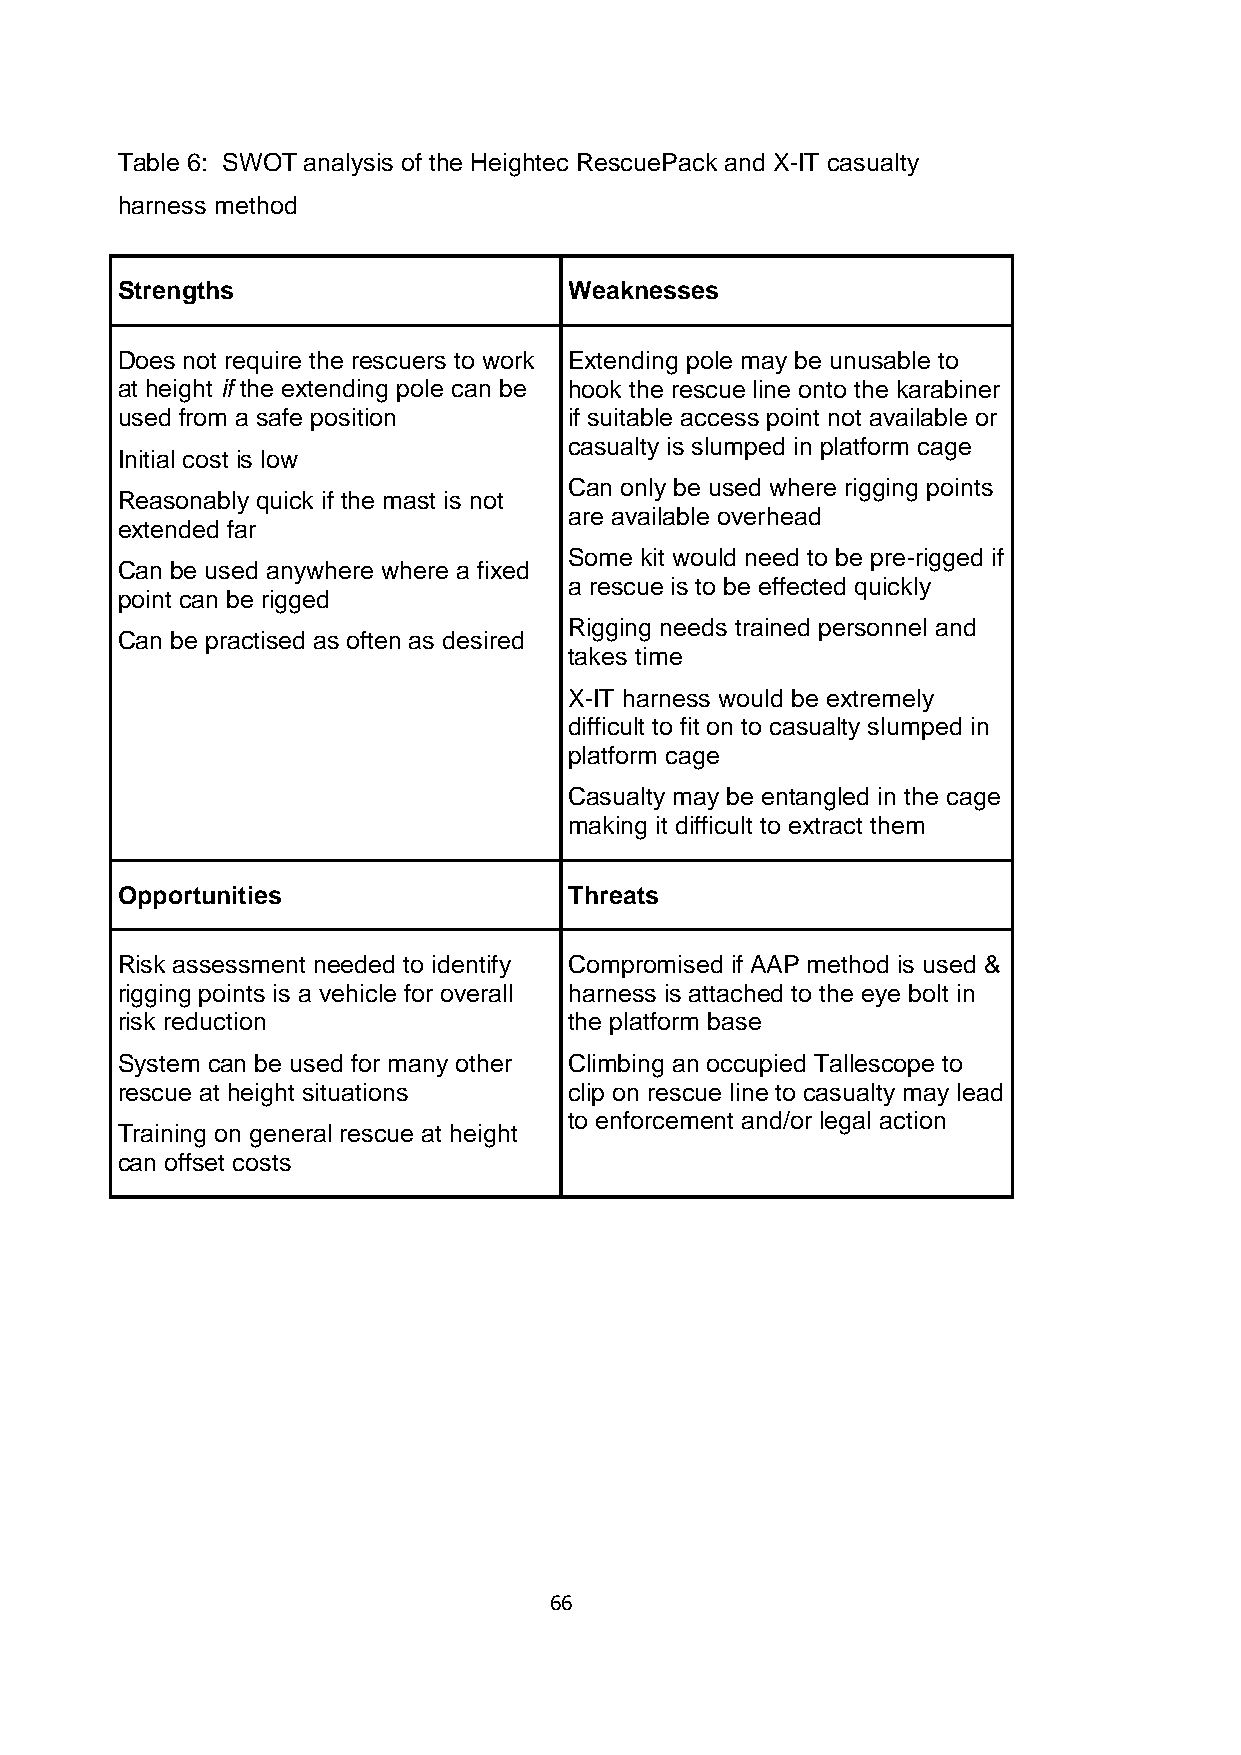
Table 6: SWOT analysis of the Heightec RescuePack and X-IT casualty
 harness method
 Strengths                     Weaknesses
 Does not require the rescuers to work Extending pole may be unusable to
 at height if the extending pole can be hook the rescue line onto the karabiner
 used from a safe position     if suitable access point not available or
 casualty is slumped in platform cage
 Initial cost is low
 Can only be used where rigging points
 Reasonably quick if the mast is not
 are available overhead
 extended far
 Some kit would need to be pre-rigged if
 Can be used anywhere where a fixed
 a rescue is to be effected quickly
 point can be rigged
 Rigging needs trained personnel and
 Can be practised as often as desired
 takes time
 X-IT harness would be extremely
 difficult to fit on to casualty slumped in
 platform cage
 Casualty may be entangled in the cage
 making it difficult to extract them
 Opportunities                 Threats
 Risk assessment needed to identify Compromised if AAP method is used &
 rigging points is a vehicle for overall harness is attached to the eye bolt in
 risk reduction                the platform base
 System can be used for many other Climbing an occupied Tallescope to
 rescue at height situations   clip on rescue line to casualty may lead
 to enforcement and/or legal action
 Training on general rescue at height
 can offset costs
 66